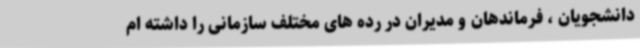
دانشجویان ، فرماندهان و مدیران در رده های مختلف سازمانی را داشته ام